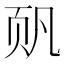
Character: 𮸴